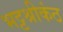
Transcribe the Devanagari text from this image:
भट्टश्रीकंठ